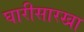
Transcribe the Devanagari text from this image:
घारीसारखा